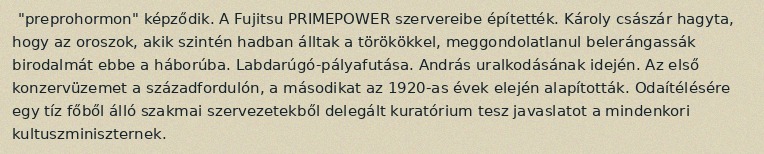
"preprohormon" képződik. A Fujitsu PRIMEPOWER szervereibe építették. Károly császár hagyta, hogy az oroszok, akik szintén hadban álltak a törökökkel, meggondolatlanul belerángassák birodalmát ebbe a háborúba. Labdarúgó-pályafutása. András uralkodásának idején. Az első konzervüzemet a századfordulón, a másodikat az 1920-as évek elején alapították. Odaítélésére egy tíz főből álló szakmai szervezetekből delegált kuratórium tesz javaslatot a mindenkori kultuszminiszternek.